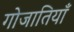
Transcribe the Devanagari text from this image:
गोजातियाँ